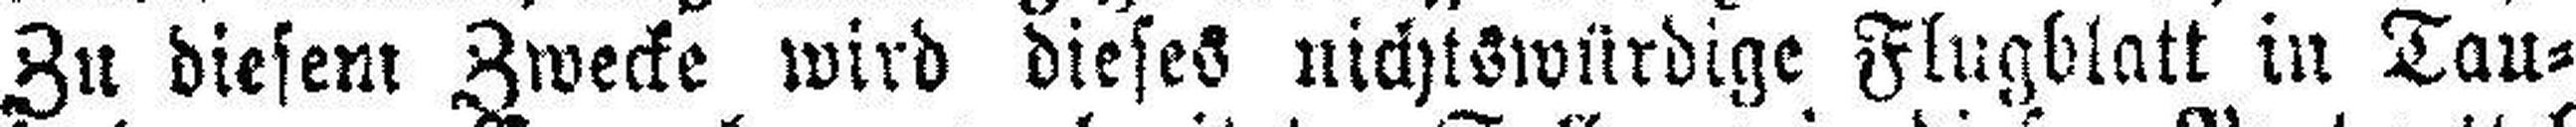
Zu diesem Zwecke wird dieses nichtswürdige Flugblatt in Tau¬